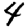
Digit: 4